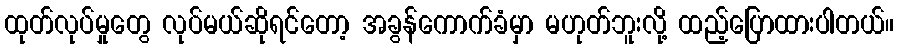
ထုတ်လုပ်မှုတွေ လုပ်မယ်ဆိုရင်တော့ အခွန်ကောက်ခံမှာ မဟုတ်ဘူးလို့ ထည့်ပြောထားပါတယ်။